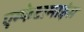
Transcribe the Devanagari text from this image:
एम्फेटामाइंस